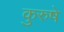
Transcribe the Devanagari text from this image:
कुरुषे